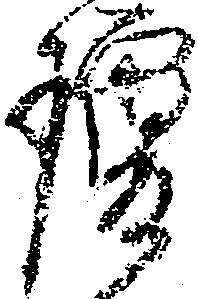
瓊